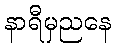
နာရီမှညနေ